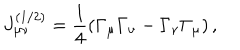
LaTeX: J _ { \mu \nu } ^ { ( 1 / 2 ) } = \frac 1 4 \left( \Gamma _ { \mu } \Gamma _ { \nu } - \Gamma _ { \nu } \Gamma _ { \mu } \right) ,